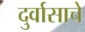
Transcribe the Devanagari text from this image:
दुर्वासाचे